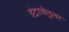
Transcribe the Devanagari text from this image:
इंट्रासेलुलर